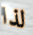
لذا